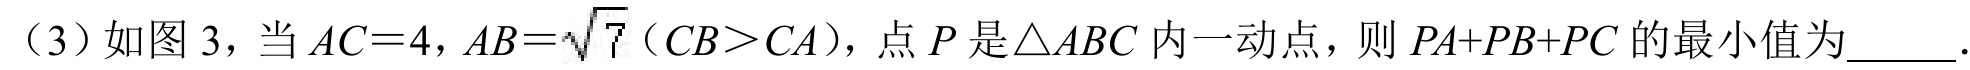
（3）如图 3，当 \(AC = 4\)，\(AB=\sqrt{7}\)（\(CB>CA\)），点 \(P\) 是\(\triangle ABC\) 内一动点，则 \(PA + PB + PC\) 的最小值为______．